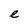
Character: e